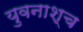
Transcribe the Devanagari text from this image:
युवनाश्च